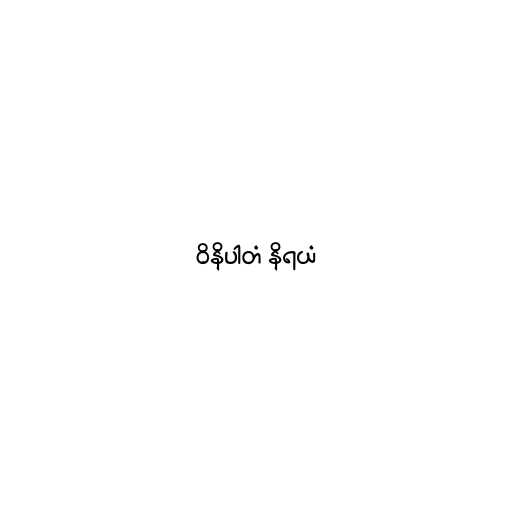
ဝိနိပါတံ နိရယံ